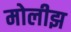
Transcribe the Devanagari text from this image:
मोलीझ